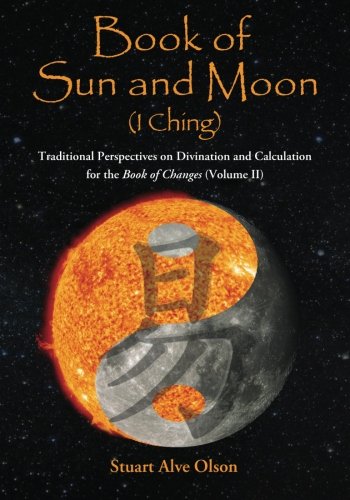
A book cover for Book of Sun and Moon (I Ching) Volume II (Volume 2); Stuart Alve Olson; Religion & Spirituality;